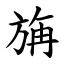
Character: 㫋